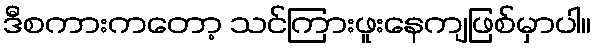
ဒီစကားကတော့ သင်ကြားဖူးနေကျဖြစ်မှာပါ။